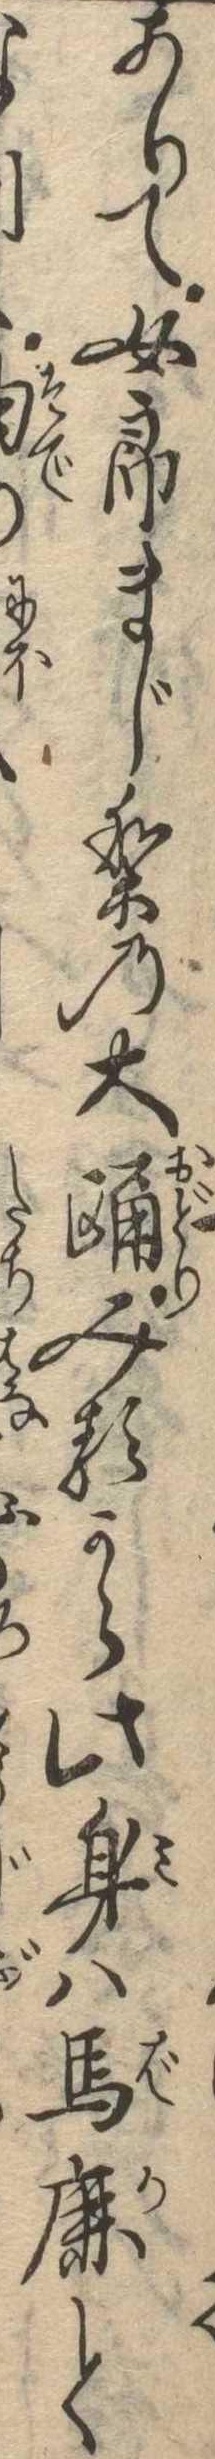
ありて女郎まじりの大踊みるから此身は馬鹿と